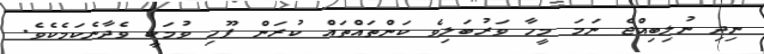
ނިދި ނުލިބިއްޖެ ނަމަ މީހާ ވަރުބަލިވެ ކަންތައްތައް ކުރަން ފޫހި ވުމަކީ ވެދާނެކަމެކެވެ.